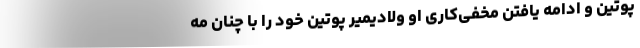
پوتین و ادامه یافتن مخفی‌کاری او ولادیمیر پوتین خود را با چنان مه